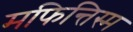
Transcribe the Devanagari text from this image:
मफिन्तिस्म